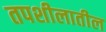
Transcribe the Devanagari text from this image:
तपशीलातील